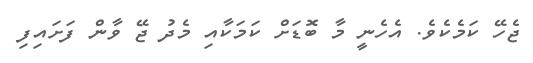
ޖެހޭ ކަމެކެވެ. އެހެނީ މާ ބޮޑަށް ކަމަކާއި މެދު ޖޭ ވާން ފަށައިފި